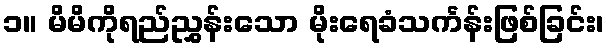
၁။ မိမိကိုရည်ညွှန်းသော မိုးရေခံသင်္ကန်းဖြစ်ခြင်း၊